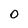
Character: 0